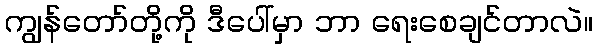
ကျွန်တော်တို့ကို ဒီပေါ်မှာ ဘာ ရေးစေချင်တာလဲ။